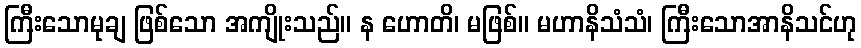
ကြီးသောမုချ ဖြစ်သော အကျိုးသည်။ န ဟောတိ၊ မဖြစ်။ မဟာနိသံသံ၊ ကြီးသောအာနိသင်ဟု